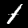
Label: 1